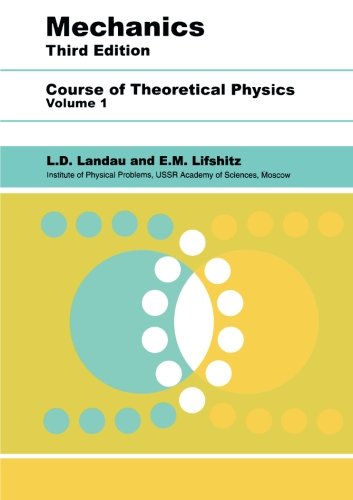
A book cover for Mechanics, Third Edition: Volume 1 (Course of Theoretical Physics S); L D Landau; Science & Math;